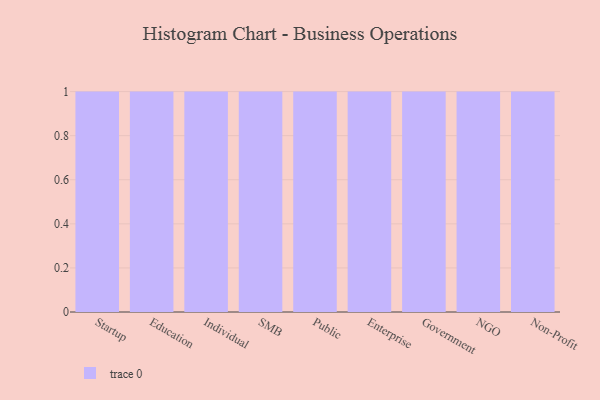
{"axis": {"x": "Segment", "y": "Market Share (%)"}, "legend": [""], "data": [{"x": "Startup", "y": 43, "type": ""}, {"x": "Education", "y": 93, "type": ""}, {"x": "Individual", "y": 74, "type": ""}, {"x": "SMB", "y": 35, "type": ""}, {"x": "Public", "y": 97, "type": ""}, {"x": "Enterprise", "y": 78, "type": ""}, {"x": "Government", "y": 85, "type": ""}, {"x": "NGO", "y": 17, "type": ""}, {"x": "Non-Profit", "y": 62, "type": ""}]}